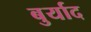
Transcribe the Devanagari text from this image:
बुर्याद